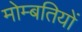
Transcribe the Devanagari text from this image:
मोम्बतियों